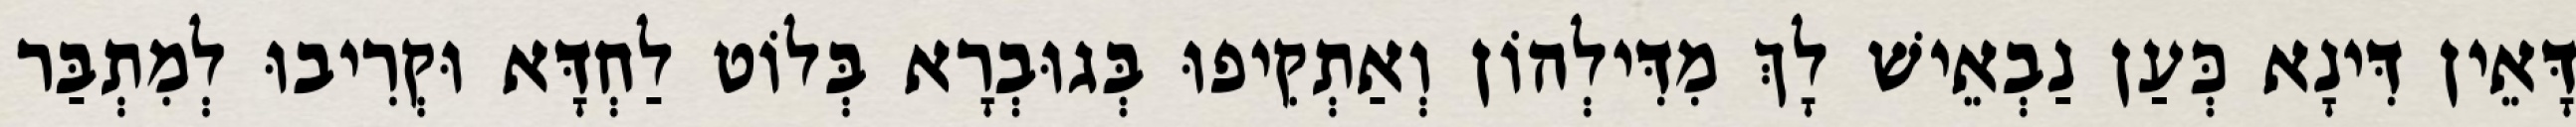
דָּאֵין דִּינָא כְּעַן נַבְאֵישׁ לָךְ מִדִּילְהוֹן וְאַתְקִיפוּ בְּגוּבְרָא בְּלוֹט לַחְדָּא וּקְרִיבוּ לְמִתְבַּר